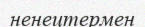
ненецтермен